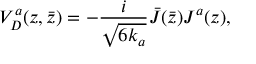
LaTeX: V _ { D } ^ { a } ( z , \bar { z } ) = - { \frac { i } { \sqrt { 6 k _ { a } } } } \bar { J } ( \bar { z } ) J ^ { a } ( z ) ,